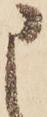
申